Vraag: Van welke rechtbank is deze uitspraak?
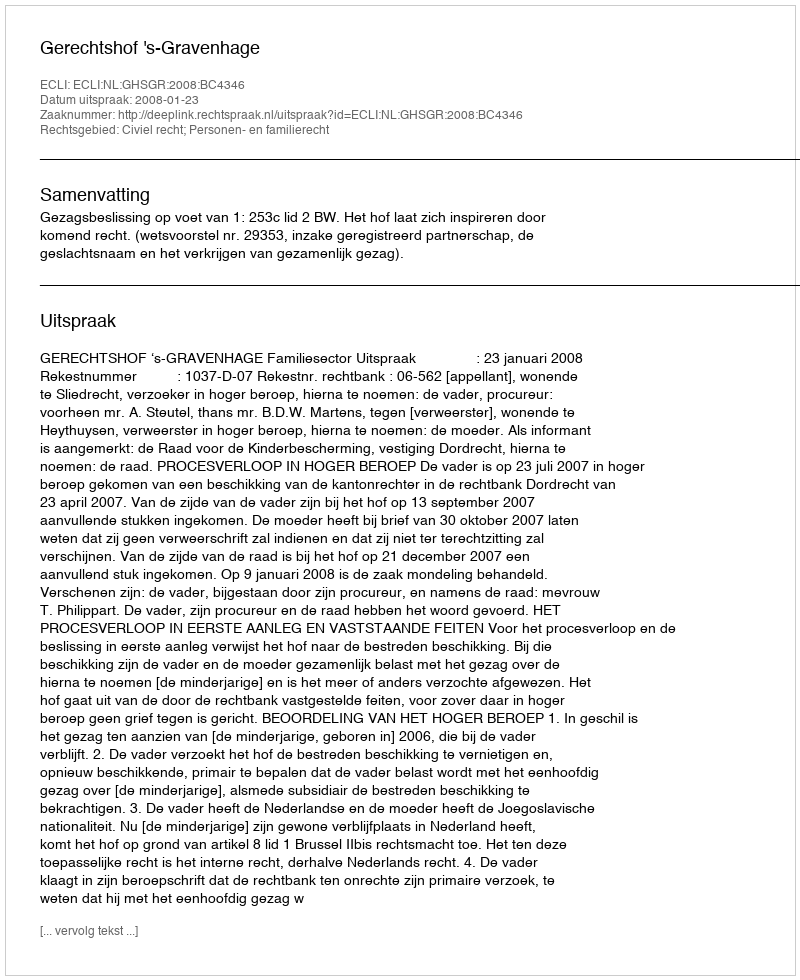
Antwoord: Gerechtshof 's-Gravenhage